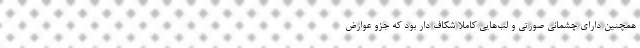
همچنین دارای چشمانی صورتی و لب‌هایی کاملاً شکاف دار بود که جزو عوارض